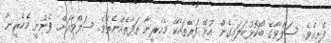
ފެށިއެވެ. ސަލްވާގެ ބޯކޮޅުބަލައިގެން އުޅޭ ފުރޭތައެކޭ މެހެރީނާ ތަފާތެއްނެތެވެ. ސަލްވާއަށް ފެނުނީ މެހެރީނާ